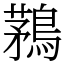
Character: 鶜